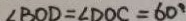
\angle B O D = \angle D O C = 6 0 ^ { \circ }